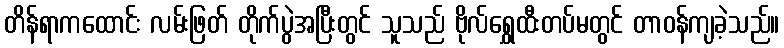
တိန်ရာကထောင်း လမ်းဖြတ် တိုက်ပွဲအပြီးတွင် သူသည် ဗိုလ်ရွှေထီးတပ်မတွင် တာဝန်ကျခဲ့သည်။